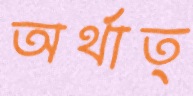
অর্থাত্